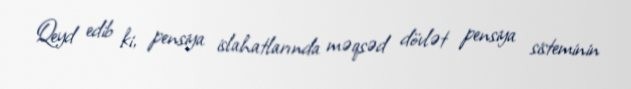
Qeyd edib ki, pensiya islahatlarında məqsəd dövlət pensiya sisteminin